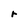
Character: r